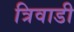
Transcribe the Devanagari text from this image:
त्रिवाडी